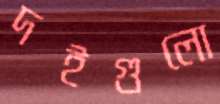
দইগুলো